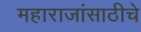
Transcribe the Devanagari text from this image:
महाराजांसाठीचे